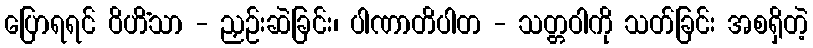
ပြောရရင် ဝိဟိံသာ - ညှဉ်းဆဲခြင်း၊ ပါဏာတိပါတ - သတ္တဝါကို သတ်ခြင်း အစရှိတဲ့